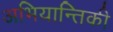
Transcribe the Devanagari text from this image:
अभियान्तिकी